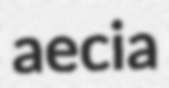
aecia